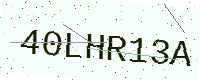
Text: 40LHR13A